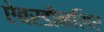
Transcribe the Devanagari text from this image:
ऐबरडीनशिर